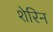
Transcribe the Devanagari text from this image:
शेरिन